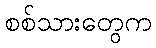
စစ်သားတွေက